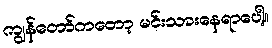
ကျွန်တော်ကတော့ မင်းသားနေရာပေါ့။